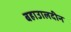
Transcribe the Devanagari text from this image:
बहाउालदीन